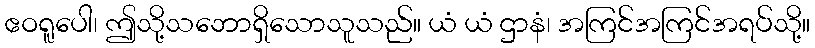
ဧဝရူပေါ၊ ဤသို့သဘောရှိသောသူသည်။ ယံ ယံ ဌာနံ၊ အကြင်အကြင်အရပ်သို့။